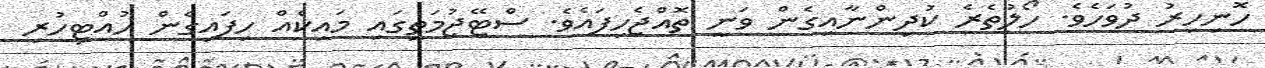
ހޮނިހިރު ދުވަހެވެ. ހޯލުތެރެ ކުދިންނާއިގެން ވަނީ ތޮއްޖެހިފައެވެ. ސްޓޭޖުމަތީގައި މައިކެއް ހިފައިގެން ހުއްޓިހުރި